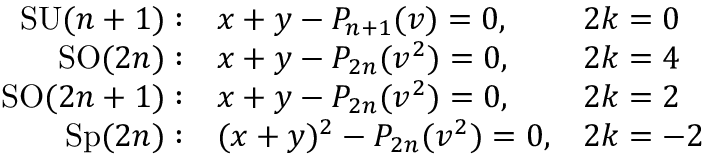
\begin{array} { r l l } { { \mathrm { S U } ( n + 1 ) : } } & { { x + y - P _ { n + 1 } ( v ) = 0 , } } & { { 2 k = 0 } } \\ { { \mathrm { S O } ( 2 n ) : } } & { { x + y - P _ { 2 n } ( v ^ { 2 } ) = 0 , } } & { { 2 k = 4 } } \\ { { \mathrm { S O } ( 2 n + 1 ) : } } & { { x + y - P _ { 2 n } ( v ^ { 2 } ) = 0 , } } & { { 2 k = 2 } } \\ { { \mathrm { S p } ( 2 n ) : } } & { { ( x + y ) ^ { 2 } - P _ { 2 n } ( v ^ { 2 } ) = 0 , } } & { { 2 k = - 2 } } \end{array}